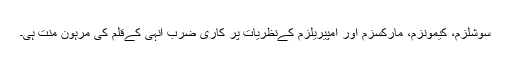
سوشلزم، کیمونزم، مارکسزم اور امپیریلزم کےنظریات پر کاری ضرب انہی کےقلم کی مرہون منت ہی۔